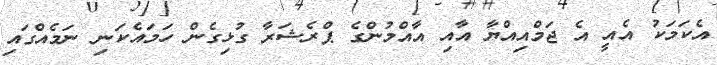
އެކަމަކު އެއީ އެ ޖަމްއިއްޔާ އާއި އާއްމުންގެ ޕްރެޝަރާ ގުޅިގެން ހަމައެކަނި ނަމެއްގައި